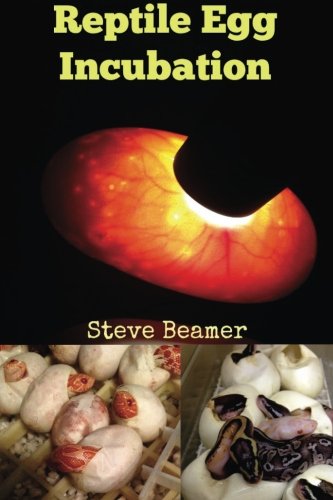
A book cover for Reptile Egg Incubation (Reptile Care Series) (Volume 1); Steve Beamer; Crafts, Hobbies & Home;